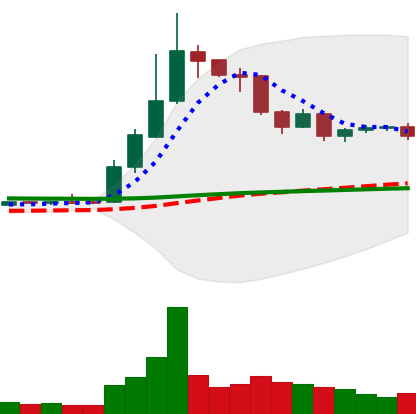
Ticker: DOGE-USD
Chart end date: 2019-04-15
Forward return: 4.014%
Label: up_3_5